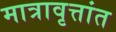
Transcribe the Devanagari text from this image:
मात्रावृत्तांत